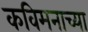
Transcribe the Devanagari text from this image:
कविमनाच्या